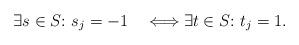
LaTeX: \begin{align*}\exists s\in S{:}\ s_j=-1 \quad\Longleftrightarrow\exists t\in S{:}\ t_j=1 .\end{align*}